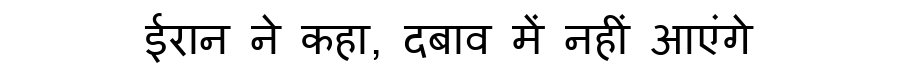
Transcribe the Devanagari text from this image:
ईरान ने कहा, दबाव में नहीं आएंगे